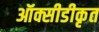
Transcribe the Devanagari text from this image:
ऑक्सीडीकृत